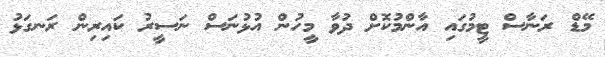
މޭޑް ރަނާސް ޓީމުގައި އާންމުކޮށް ދުވާ މީހުން އުޅުނަސް ނަސީރު ކައިރިން ރަނގަޅު